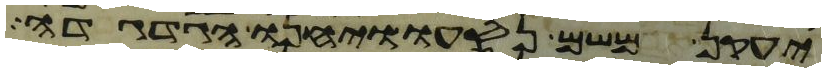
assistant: יעקן משם נסעו ויחנו הגדגדה